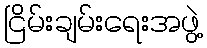
ငြိမ်းချမ်းရေးအဖွဲ့